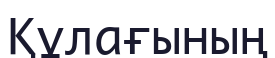
Құлағының